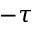
- \tau